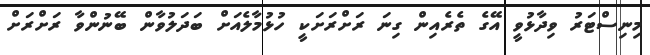
މިނިސްޓަރު ވިދާޅުވީ އޭގެ ތެރެއިން ގިނަ ރަށްރަށަކީ ހުޅުމާލެއަށް ބަދަލުވާން ބޭނުންވާ ރަށްރަށް